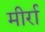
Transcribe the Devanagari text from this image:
मीर्रा